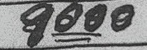
9000